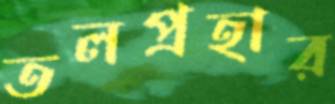
তলপ্রহার